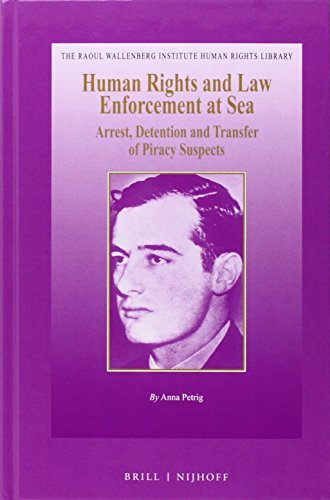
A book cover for Human Rights and Law Enforcement at Sea: Arrest, Detention and Transfer of Piracy Suspects (Raoul Wallenberg Institute Human Rights Library); Anna Petrig; Law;